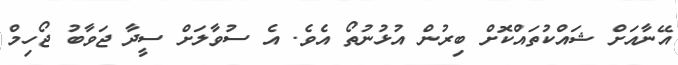
އޭނާއަށް ޝައްކުތައްކޮށް ބިރުން އުޅުނުތޯ އެވެ. އެ ސުވާލަށް ސީދާ ޖަވާބު ޖޯހިމް